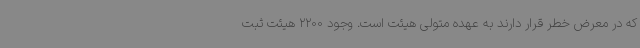
که در معرض خطر قرار دارند به عهده متولی هیئت است. وجود 2200 هیئت ثبت